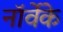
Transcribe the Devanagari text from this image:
नॉर्वेके